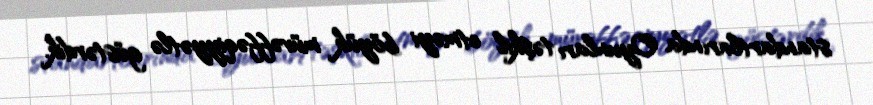
standartlarında Oyunları təşkil etməyi böyük müvəffəqiyyətlə göstərdik.